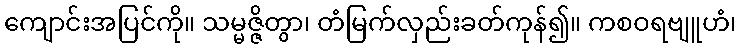
ကျောင်းအပြင်ကို။ သမ္မဇ္ဇိတွာ၊ တံမြက်လှည်းခတ်ကုန်၍။ ကစဝရဗျူဟံ၊